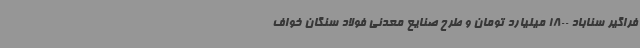
فراگیر سناباد 1800 میلیارد تومان و طرح صنایع معدنی فولاد سنگان خواف